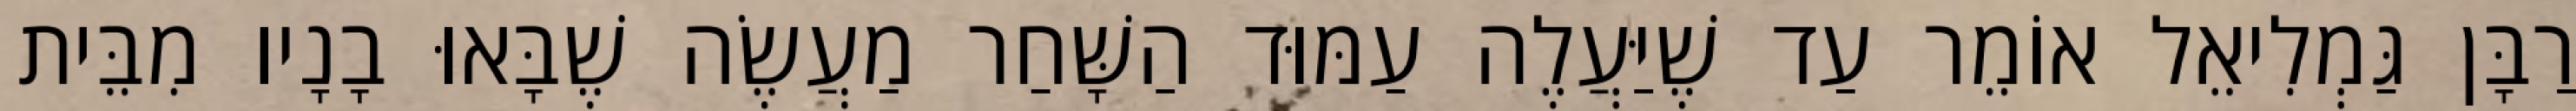
רַבָּן גַּמְלִיאֵל אוֹמֵר עַד שֶׁיַּעֲלֶה עַמּוּד הַשָּׁחַר מַעֲשֶׂה שֶׁבָּאוּ בָנָיו מִבֵּית